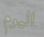
اليوم